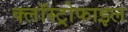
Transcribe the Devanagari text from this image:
क्लॉस्ट्रोफाइल